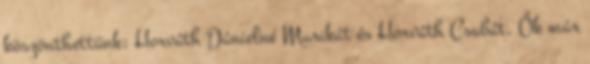
köszönthettünk: Horváth Dánielné Marikát és Horváth Csabát. Ők már